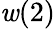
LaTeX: \mathit{w}(2)